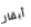
أبقار